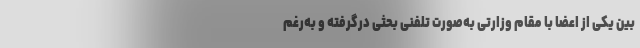
بین یکی از اعضا با مقام وزارتی به‌صورت تلفنی بحثی درگرفته و به‌رغم